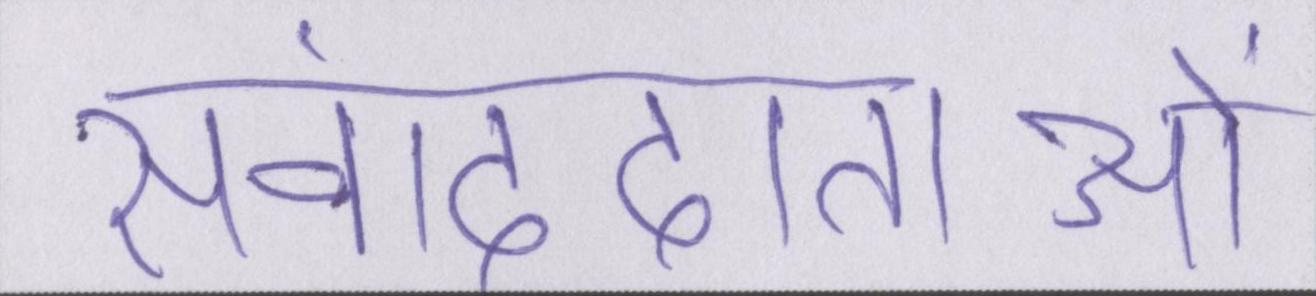
संवाददाताओं